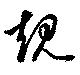
規